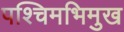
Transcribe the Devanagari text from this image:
पश्चिमभिमुख